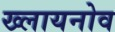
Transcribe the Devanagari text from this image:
ख्लायनोव